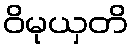
ဝိမုယှတိ